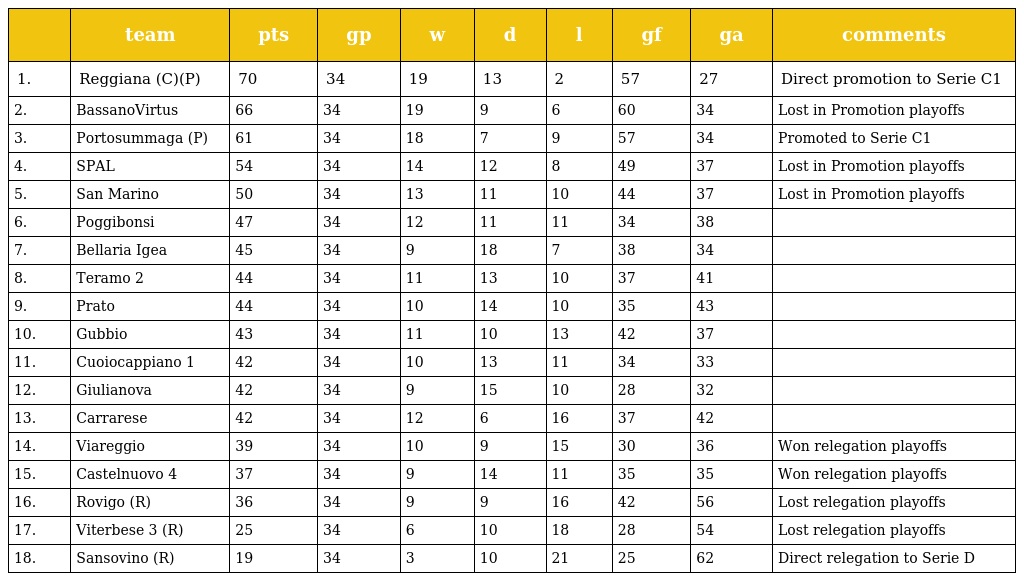
|  | team | pts | gp | w | d | l | gf | ga | comments |
 | --- | --- | --- | --- | --- | --- | --- | --- | --- | --- |
 | 1. | Reggiana (C)(P) | 70 | 34 | 19 | 13 | 2 | 57 | 27 | Direct promotion to Serie C1 |
 | 2. | BassanoVirtus | 66 | 34 | 19 | 9 | 6 | 60 | 34 | Lost in Promotion playoffs |
 | 3. | Portosummaga (P) | 61 | 34 | 18 | 7 | 9 | 57 | 34 | Promoted to Serie C1 |
 | 4. | SPAL | 54 | 34 | 14 | 12 | 8 | 49 | 37 | Lost in Promotion playoffs |
 | 5. | San Marino | 50 | 34 | 13 | 11 | 10 | 44 | 37 | Lost in Promotion playoffs |
 | 6. | Poggibonsi | 47 | 34 | 12 | 11 | 11 | 34 | 38 |  |
 | 7. | Bellaria Igea | 45 | 34 | 9 | 18 | 7 | 38 | 34 |  |
 | 8. | Teramo 2 | 44 | 34 | 11 | 13 | 10 | 37 | 41 |  |
 | 9. | Prato | 44 | 34 | 10 | 14 | 10 | 35 | 43 |  |
 | 10. | Gubbio | 43 | 34 | 11 | 10 | 13 | 42 | 37 |  |
 | 11. | Cuoiocappiano 1 | 42 | 34 | 10 | 13 | 11 | 34 | 33 |  |
 | 12. | Giulianova | 42 | 34 | 9 | 15 | 10 | 28 | 32 |  |
 | 13. | Carrarese | 42 | 34 | 12 | 6 | 16 | 37 | 42 |  |
 | 14. | Viareggio | 39 | 34 | 10 | 9 | 15 | 30 | 36 | Won relegation playoffs |
 | 15. | Castelnuovo 4 | 37 | 34 | 9 | 14 | 11 | 35 | 35 | Won relegation playoffs |
 | 16. | Rovigo (R) | 36 | 34 | 9 | 9 | 16 | 42 | 56 | Lost relegation playoffs |
 | 17. | Viterbese 3 (R) | 25 | 34 | 6 | 10 | 18 | 28 | 54 | Lost relegation playoffs |
 | 18. | Sansovino (R) | 19 | 34 | 3 | 10 | 21 | 25 | 62 | Direct relegation to Serie D |